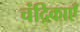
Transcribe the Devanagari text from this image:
चंद्रिकाएँ